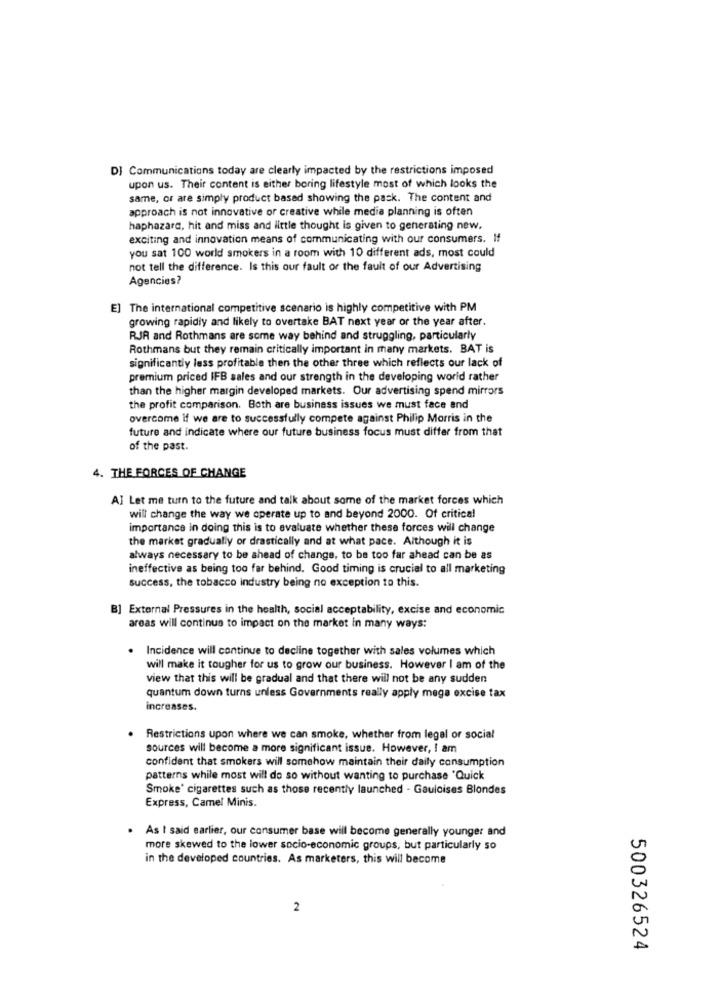
DJ Communications today are clearly impacted by the restrictions imposed
upon us. Their content is either boring lifestyle most of which looks the
same, or are simply product based showing the pack. The content and
approach is not innovative or creative while media planning is often
haphazard, hit and miss and little thought is given to generating new.
exciting and innovation means of communicating with our consumers. If
you sat 100 world smokers in a room with 10 different ads, most could
not tell the difference. Is this our fault or the fault of our Advertising
Agencies?
E) The international competitive scenario is highly competitive with PM
growing rapidly and likely to overtake BAT next year or the year after.
RJR and Rothmans are some way behind and struggling, particularly
Rothmans but they remain critically important in many markets. BAT is
significantly less profitable then the other three which reflects our lack of
premium priced IFB sales and our strength in the developing world rather
than the higher margin developed markets. Our advertising spend mirrors
the profit comparison. Both are business issues we must face and
overcome if we are to successfully compete against Philip Morris in the
future and indicate where our future business focus must differ from that
of the past.
4. THE FORCES OF CHANGE
AI Let me turn to the future and talk about some of the market forces which
will change the way we operate up to and beyond 2000. Of critical
importance in doing this is to evaluate whether these forces will change
the market gradually or drastically and at what pace. Although it is
always necessary to be ahead of change, to be too far ahead can be as
ineffective as being too far behind. Good timing is crucial to all marketing
success, the tobacco industry being no exception to this.
B] External Pressures in the health, social acceptability, excise and economic
areas will continue to impact on the market in many ways:
. Incidence will continue to decline together with sales volumes which
will make it tougher for us to grow our business. However I am of the
view that this will be gradual and that there will not be any sudden
quantum down turns unless Governments really apply mega excise tax
increases.
. Restrictions upon where we can smoke, whether from legal or social
sources will become a more significant issue. However, I am
confident that smokers will somehow maintain their daily consumption
patterns while most will do so without wanting to purchase 'Quick
Smoke' cigarettes such as those recently launched - Gauloises Blondes
Express, Camel Minis.
. As I said earlier, our consumer base will become generally younger and
more skewed to the lower socio-economic groups, but particularly so
in the developed countries. As marketers, this will become
2
500326524